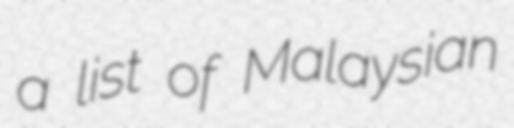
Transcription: a list of Malaysian